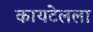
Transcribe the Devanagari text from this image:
कायटेलला